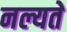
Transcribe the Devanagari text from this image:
नल्यते